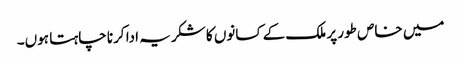
میں خاص طور پر ملک کے کسانوں کا شکریہ ادا کرنا چاہتا ہوں۔